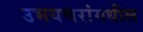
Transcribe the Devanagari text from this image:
उभयचरांमधील